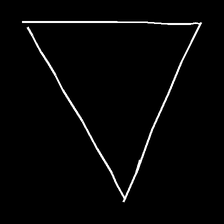
Glyph: convergence